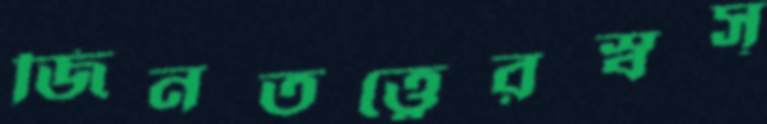
জিনতত্ত্বেরস্বস্